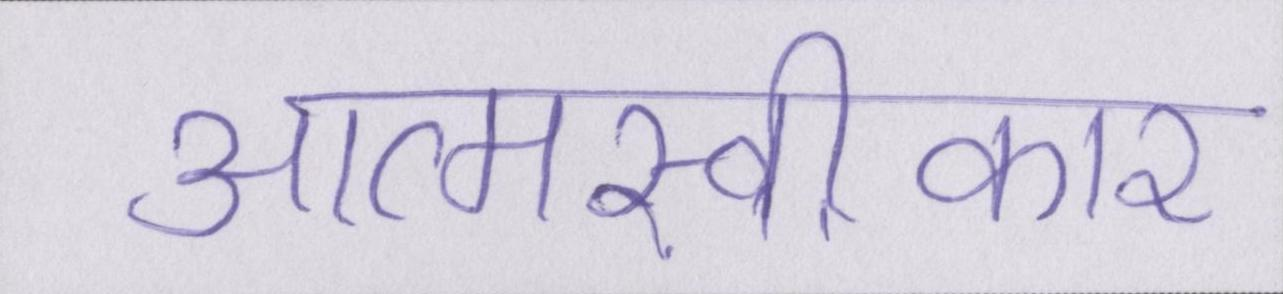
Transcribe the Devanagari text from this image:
आत्मस्वीकार